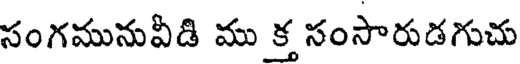
సంగమునువీడి ము క్త సంసారుడగుచు